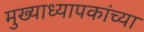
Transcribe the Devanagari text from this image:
मुख्याध्यापकांच्या